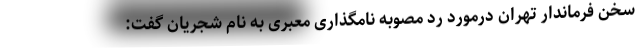
سخن فرماندار تهران درمورد رد مصوبه نامگذاری معبری به نام شجریان گفت: